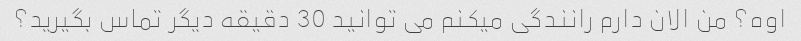
اوه؟ من الان دارم رانندگی میکنم می توانید 30 دقیقه دیگر تماس بگیرید؟